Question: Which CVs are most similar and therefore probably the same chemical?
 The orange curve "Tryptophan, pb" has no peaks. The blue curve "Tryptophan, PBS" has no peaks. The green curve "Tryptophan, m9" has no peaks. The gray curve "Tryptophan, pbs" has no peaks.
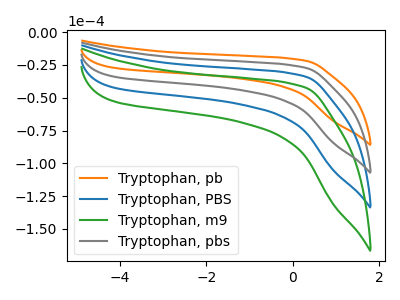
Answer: <think>Neither "Tryptophan, pb" or "Tryptophan, PBS" have any peaks. Neither "Tryptophan, pb" or "Tryptophan, m9" have any peaks. Neither "Tryptophan, pb" or "Tryptophan, pbs" have any peaks. Neither "Tryptophan, PBS" or "Tryptophan, m9" have any peaks. Neither "Tryptophan, PBS" or "Tryptophan, pbs" have any peaks. Neither "Tryptophan, m9" or "Tryptophan, pbs" have any peaks.
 </think>
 <answer>"Tryptophan, pb", "Tryptophan, PBS", "Tryptophan, m9" and "Tryptophan, pbs" have the same shape and are likely CV's of the same chemical.</answer>
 <eval>"Tryptophan, pb" "Tryptophan, PBS" "Tryptophan, m9" "Tryptophan, pbs"</eval>